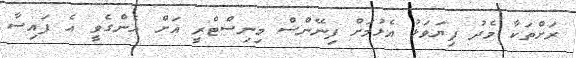
ރަށްތަކާ މެދު ފިޔަވަޅު އެޅުމަށް ފިނޭންސް މިނިސްޓްރީ އަށް އެންގެވީ އެ ފައިސާ